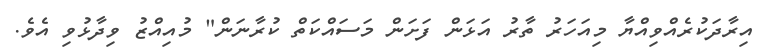
އިރާދަކުރެއްވިއްޔާ މިއަހަރު ތާރު އަޅަން ފަށަން މަސައްކަތް ކުރާނަން" މުއިއްޒު ވިދާޅުވި އެވެ.